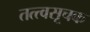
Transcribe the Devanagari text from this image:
तत्त्वसूचक